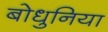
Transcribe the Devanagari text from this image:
बोधुनिया